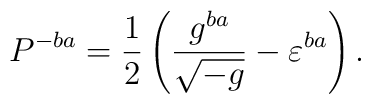
P^{-ba}=\frac 12\left(\frac{g^{ba}}{\sqrt{-g}}-\varepsilon^{ba}\right).